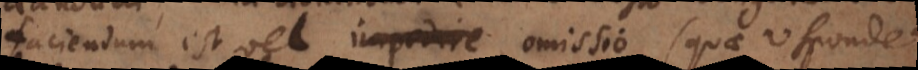
faciendum est vel impedire omissio (quae respondet